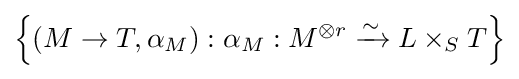
\left\{(M\to T,\alpha _{M}):\alpha _{M}:M^{\otimes r}\xrightarrow {\sim } L\times _{S}T\right\}